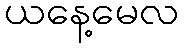
ယနေ့မေလ